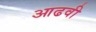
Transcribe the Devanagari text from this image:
आढवी